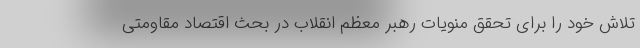
تلاش خود را برای تحقق منویات رهبر معظم انقلاب در بحث اقتصاد مقاومتی